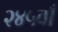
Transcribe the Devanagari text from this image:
२४५वाँ